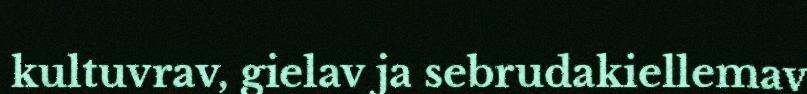
kultuvrav, gielav ja sebrudakiellemav